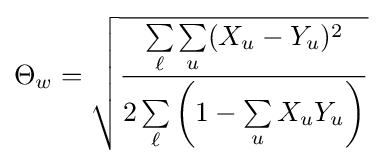
\Theta _{w}={\sqrt {\frac {\sum \limits _{\ell }\sum \limits _{u}(X_{u}-Y_{u})^{2}}{2\sum \limits _{\ell }\left(1-\sum \limits _{u}X_{u}Y_{u}\right)}}}